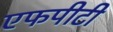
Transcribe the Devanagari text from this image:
एफपीटी